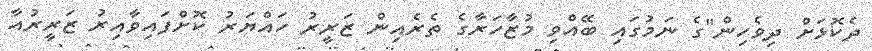
ދެކޮޅަށް ދިވެހިން"ގެ ނަމުގައި ބޭއްވި މުޒާހަރާގެ ތެރެއިން ޒަރީރު ހައްޔަރު ކޮށްފައިވާއިރު ޒަރީރުއާ